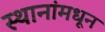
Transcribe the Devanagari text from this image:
स्थानांमधून